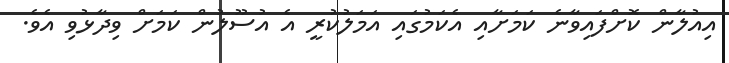
އިއުލާން ކޮށްފައިވާނެ ކަމަށާއި އެކަމުގައި އަމަލުކުރީ އެ އުސޫލުން ކަމަށް ވިދާޅުވި އެވެ.